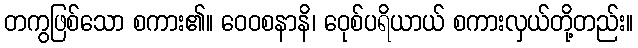
တကွဖြစ်သော စကား၏။ ဝေဝစနာနိ၊ ဝေုစ်ပရိယာယ် စကားလှယ်တို့တည်း။